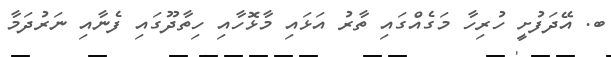
ބ. އޭދަފުށީ ހުރިހާ މަގެއްގައި ތާރު އަޅައި މާޅޮހާއި ހިތާދޫގައި ފެނާއި ނަރުދަމާ